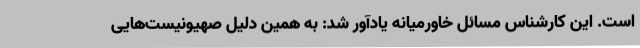
است. این کارشناس مسائل خاورمیانه یادآور شد: به همین دلیل صهیونیست‌هایی